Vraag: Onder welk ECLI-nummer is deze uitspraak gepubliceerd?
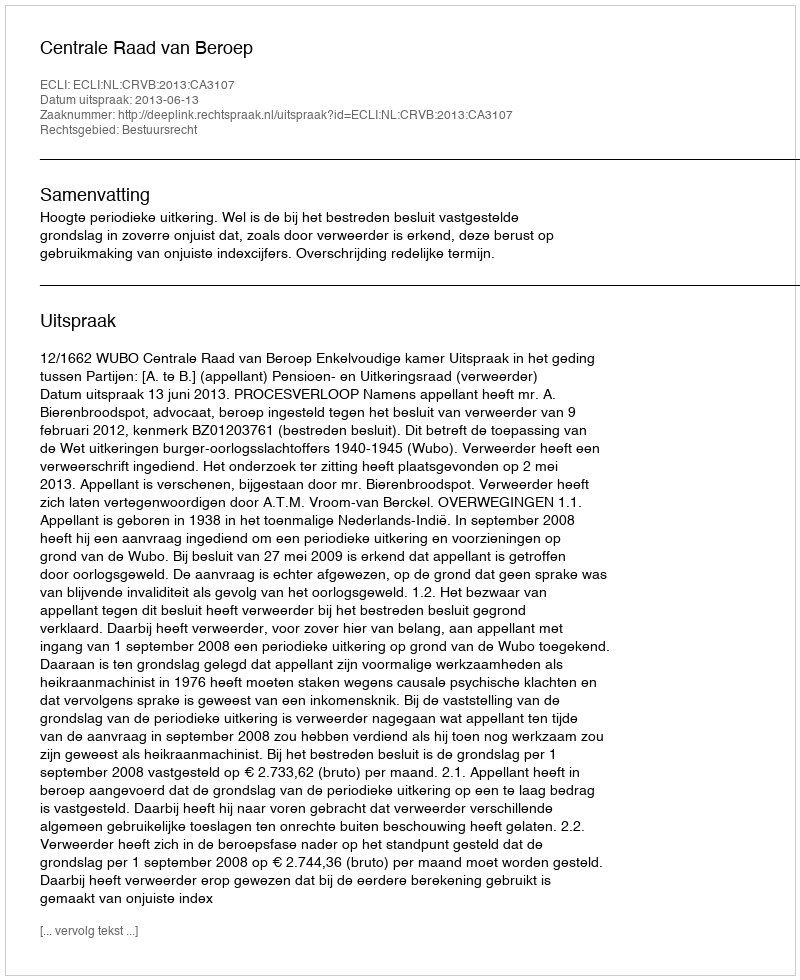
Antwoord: ECLI:NL:CRVB:2013:CA3107